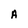
Character: A